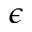
\epsilon